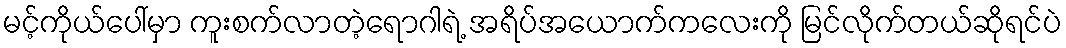
မင့်ကိုယ်ပေါ်မှာ ကူးစက်လာတဲ့ရောဂါရဲ့ အရိပ်အယောက်ကလေးကို မြင်လိုက်တယ်ဆိုရင်ပဲ